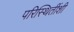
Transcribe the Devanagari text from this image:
परिस्थितींशी